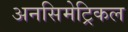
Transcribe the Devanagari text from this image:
अनसिमेट्रिकल